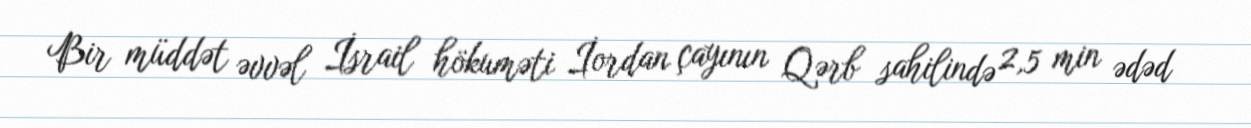
Bir müddət əvvəl İsrail hökuməti İordan çayının Qərb sahilində 2,5 min ədəd